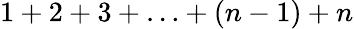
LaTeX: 1+2+3+\ldots+(n-1)+n